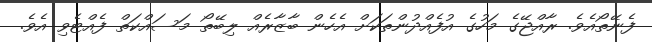
ފެނޭތޯއެވެ. ރާއްޖޭގެ މަހުގެ އުފެއްދުންތަކަށް އެހެން ބާޒާރެއް ލިބޭތޯ މަސައްކަތް ފެއްޓެވި އެވެ.